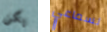
يكن لسماعي